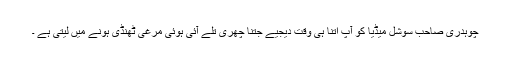
چوہدری صاحب سوشل میڈیا کو آپ اتنا ہی وقت دیجیے جتنا چھری تلے آئی ہوئی مرغی ٹھنڈی ہونے میں لیتی ہے ۔